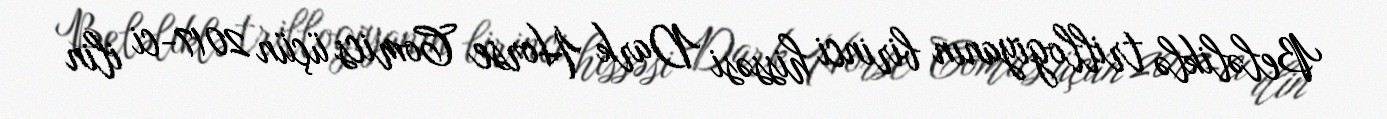
Beləliklə trillogiyanın birinci hissəsi Dark Horse Comics üçün 2017-ci ilin